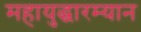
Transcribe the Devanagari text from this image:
महायुद्धारम्यान